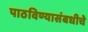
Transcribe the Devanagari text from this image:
पाठविण्यासंबधीचे